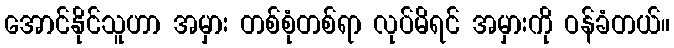
အောင်နိုင်သူဟာ အမှား တစ်စုံတစ်ရာ လုပ်မိရင် အမှားကို ဝန်ခံတယ်။